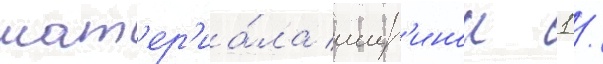
мат'ер'иа́ла шир'инои 1 /